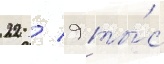
22 / 9 ты́с